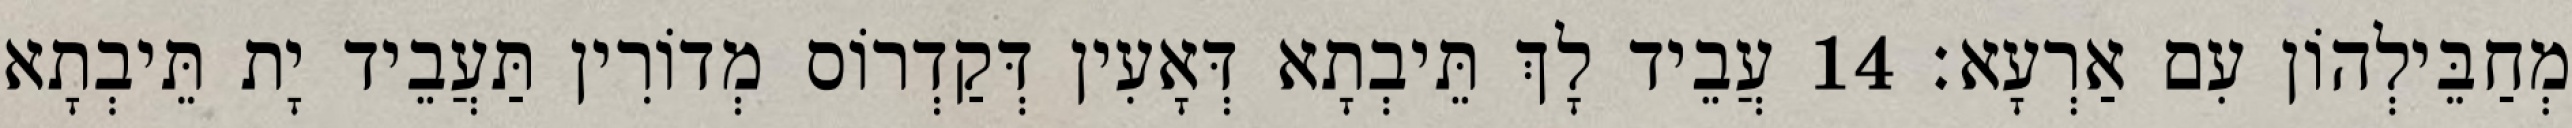
מְחַבֵּילְהוֹן עִם אַרְעָא׃ 14 עֲבֵיד לָךְ תֵּיבְתָא דְּאָעִין דְּקַדְרוֹס מְדוֹרִין תַּעֲבֵיד יָת תֵּיבְתָא